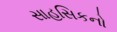
સાહસિકનો